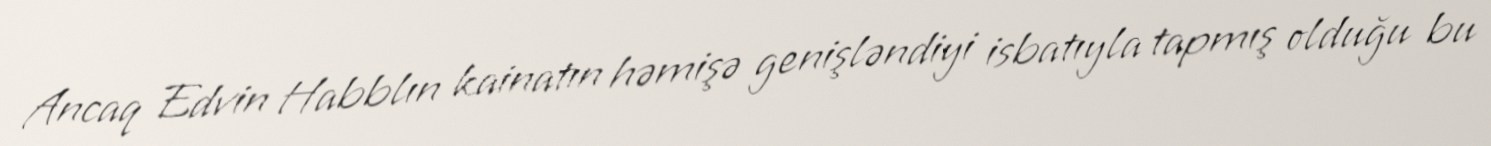
Ancaq Edvin Habblın kainatın həmişə genişləndiyi isbatıyla tapmış olduğu bu